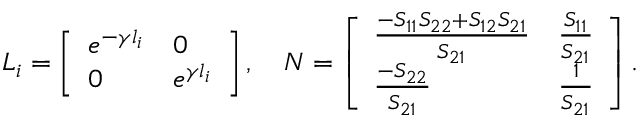
\boldsymbol { L } _ { i } = \left[ \begin{array} { l l } { e ^ { - \gamma l _ { i } } } & { 0 } \\ { 0 } & { e ^ { \gamma l _ { i } } } \end{array} \right] , \quad \boldsymbol { N } = \left[ \begin{array} { l l } { \frac { - S _ { 1 1 } S _ { 2 2 } + S _ { 1 2 } S _ { 2 1 } } { S _ { 2 1 } } } & { \frac { S _ { 1 1 } } { S _ { 2 1 } } } \\ { \frac { - S _ { 2 2 } } { S _ { 2 1 } } } & { \frac { 1 } { S _ { 2 1 } } } \end{array} \right] .